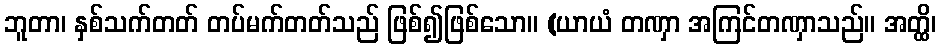
ဘူတာ၊ နှစ်သက်တတ် တပ်မက်တတ်သည် ဖြစ်၍ဖြစ်သော။ (ယာယံ တဏှာ အကြင်တဏှာသည်။ အတ္ထိ၊